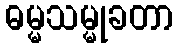
ဓမ္မသမ္မုခတာ